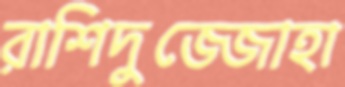
রাশিদুজ্জোহা